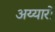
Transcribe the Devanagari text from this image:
अय्यारों